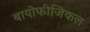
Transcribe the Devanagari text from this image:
बायोफीजिकल